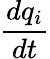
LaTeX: \frac{dq_{i}}{dt}